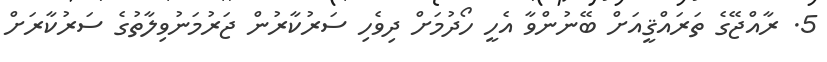
5. ރާއްޖޭގެ ތަރައްޤީއަށް ބޭނުންވާ އެހީ ހޯދުމަށް ދިވެހި ސަރުކާރުން ޖަރުމަނުވިލާތުގެ ސަރުކާރަށް